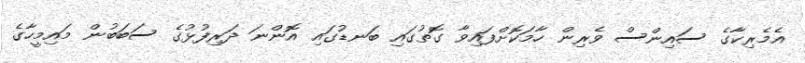
އެމެރިކާގެ ސައިންސް ވެރިން ހާމަކޮށްފައިވާ ގޮތުގައި ބަނޑުގައި އޮންނަ ދަރިފުޅުގެ ސަބަބުން މައިމީހާގެ